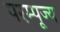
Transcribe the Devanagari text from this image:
परम्पूज्य